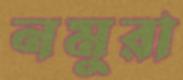
নমুরা